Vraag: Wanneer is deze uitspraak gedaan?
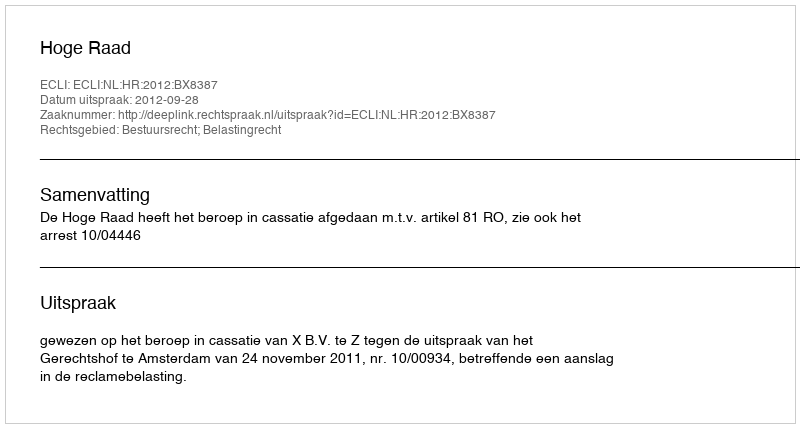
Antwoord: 2012-09-28